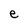
Character: e